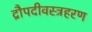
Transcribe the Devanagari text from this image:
द्रौपदीवस्त्रहरण